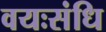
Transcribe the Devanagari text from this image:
वयःसंधि